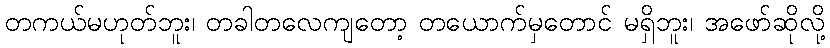
တကယ်မဟုတ်ဘူး၊ တခါတလေကျတော့ တယောက်မှတောင် မရှိဘူး၊ အဖော်ဆိုလို့